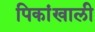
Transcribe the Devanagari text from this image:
पिकांखाली